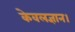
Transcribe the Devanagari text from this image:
केवलज्ञान।